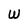
Character: W